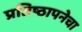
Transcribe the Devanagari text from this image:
प्रतिष्ठापनेचा